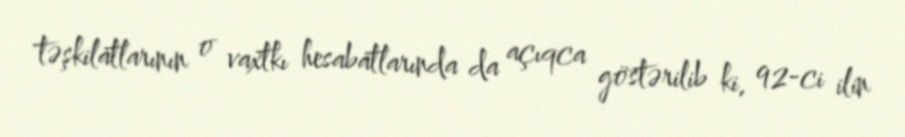
təşkilatlarının o vaxtkı hesabatlarında da açıqca göstərilib ki, 92-ci ilin